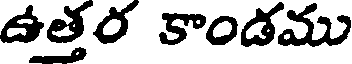
ఉత్తర కాండము